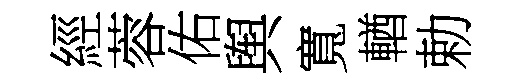
經蓉佑舆寬輶勅